system: You are a helpful assistant.
user:
Analyze the provided spectrum to determine if it is a **White Dwarf (WD)**.

A White Dwarf spectrum is defined by its **extreme purity** (due to gravitational settling) and/or **extreme pressure broadening** (due to high surface gravity). You must check for one of the following mutually exclusive signatures:

- **Key Visual Indicators (Check for ONE of these types):**

    - **1. DA-Type Signature (Most Common):**
        - **(Primary Feature):** Extreme pressure broadening (Stark broadening) of the **Hydrogen (H) Balmer lines**.
        - **(Key Lines):** $H\beta$ (approx. $4861$ Å) and $H\gamma$ (approx. $4340$ Å). $H\alpha$ (approx. $6563$ Å) will also be present if the wavelength range covers it.
        - **(Line Profile):** This is the **defining feature**. The lines are **NOT** sharp. They appear as massive, **extremely broad and deep "troughs" or "dips"** in the spectrum, often hundreds of Ångströms wide. The continuum will appear to "scoop" down at these wavelengths.
        - **(Distinction):** Normal A-type or B-type stars have *narrow* and *sharp* Hydrogen lines. A DA White Dwarf's lines are unmistakably "smeared" or "blurry" from pressure.

    - **2. DB-Type Signature:**
        - **(Primary Feature):** Broad absorption lines from **Neutral Helium (He I)**. The spectrum must lack any visible Hydrogen lines.
        - **(Key Lines):** Look for broad absorption near $4471$ Å, $4921$ Å, and $5876$ Å.
        - **(Line Profile):** These lines are also significantly pressure-broadened, appearing much wider than they would in a normal B-type main-sequence star.

    - **3. DC-Type Signature:**
        - **(Primary Feature):** A **featureless continuous spectrum**.
        - **(Line Profile):** The spectrum is a smooth curve with **no significant absorption or emission lines**.
        - **(Key Confirmation):** The continuum is almost always **blue or white**, indicating a hot object. This signature implies the atmosphere is so pure (or so cool) that no spectral lines are visible in the optical range. Its WD identity is confirmed by its extremely low intrinsic brightness (high absolute magnitude).

    - **4. DZ-Type Signature (Metal-Polluted):**
        - **(Primary Feature):** **Isolated, narrow metal absorption lines** on an otherwise featureless (DC-like) continuum.
        - **(Key Lines):** The **Calcium (Ca II) H & K doublet** (approx. **$3934$ Å** and **$3968$ Å**) is the most common and defining feature.
        - **(Line Profile):** These lines are "out of place." They are *not* part of a "forest" of thousands of lines. This signature is evidence of recent *accretion* (pollution) from rocky debris.
        - **(Distinction):** Normal G/K/M stars have a *dense forest* of thousands of metal lines. A DZ has a *clean* continuum with *only a few* strong metal lines.

    - **5. DQ-Type Signature (Carbon-Polluted):**
        - **(Primary Feature):** Absorption bands from **Carbon (C₂ "Swan Bands" or atomic C I)**.
        - **(Key Lines - C₂):** Look for bandheads with a "saw-tooth" shape near $5635$ Å, **$5165$ Å** (strongest), and $4737$ Å.
        - **(Key Confirmation):** The underlying **continuum must be blue or white** (hot).
        - **(Distinction):** This is the critical difference from a **Carbon Star**, which has the *exact same* C₂ bands but on an extremely **red, cool** continuum.

- **(Overall Spectrum):**
    - The continuum (overall shape) is typically **blue-sloping** (brighter in the blue than the red), as most white dwarfs are very hot.
    - The spectrum will look "pure" or "simple," dominated by only *one* of the five signatures listed above.

Think first, call **spectral_visualization_tool** if needed to examine features in detail, then provide your final answer. Your response must adhere to the following strict rules:
1.  **Overall Structure:** Your response must follow the format `<think>...</think> <tool_call>...</tool_call> (if a tool is used) <answer>...</answer>`.
2.  **Tool Usage Constraint:** You may only make **one** tool call per turn.
3.  **Final Answer Format:** In the `<answer>` tag, your conclusion must be inside a `\boxed{}` command (e.g., `\boxed{YES}` or `\boxed{NO}`), followed by your justification.

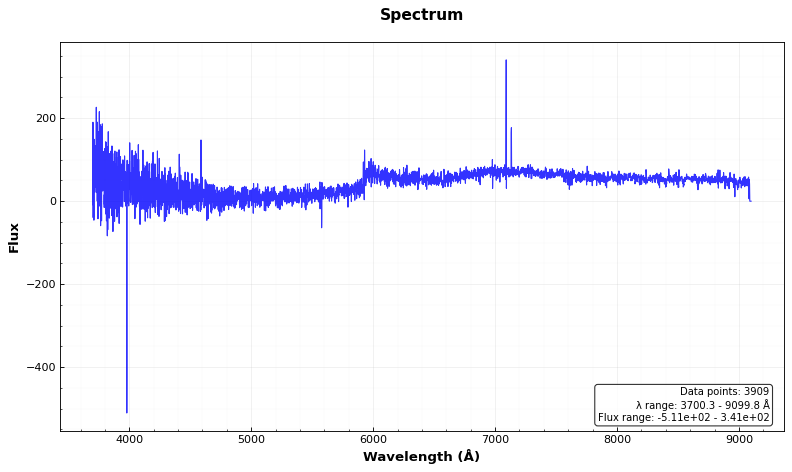
Answer: NO